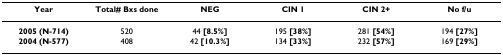
<table><thead><tr><td><b>Year</b></td><td><b>Total# Bxs done</b></td><td><b>NEG</b></td><td><b>CIN 1</b></td><td><b>CIN 2+</b></td><td><b>No f/u</b></td></tr></thead><tbody><tr><td><b>2005 (N-714)</b></td><td>520</td><td>44 <b>[8.5%]</b></td><td>195 <b>[38%]</b></td><td>281 <b>[54%]</b></td><td>194 <b>[27%]</b></td></tr><tr><td><b>2004 </b><b>(N-577)</b></td><td>408</td><td>42 <b>[10.3%]</b></td><td>134 <b>[33%]</b></td><td>232 <b>[57%]</b></td><td>169 <b>[29%]</b></td></tr></tbody></table>